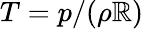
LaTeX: T=p/(\rho\mathbb{R})